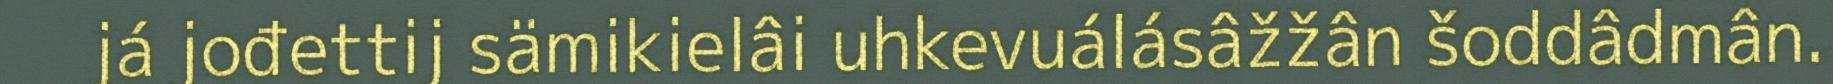
já jođettij sämikielâi uhkevuálásâžžân šoddâdmân.